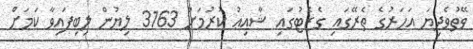
ވޭތުވެދިޔަ އަހަރުގެ ތެރޭގައި ގެޒެޓުގައި ޝާއިޢު ކުރުމަށް 3163 ލިޔުން ލިބިފައިވާ ކަމަށް